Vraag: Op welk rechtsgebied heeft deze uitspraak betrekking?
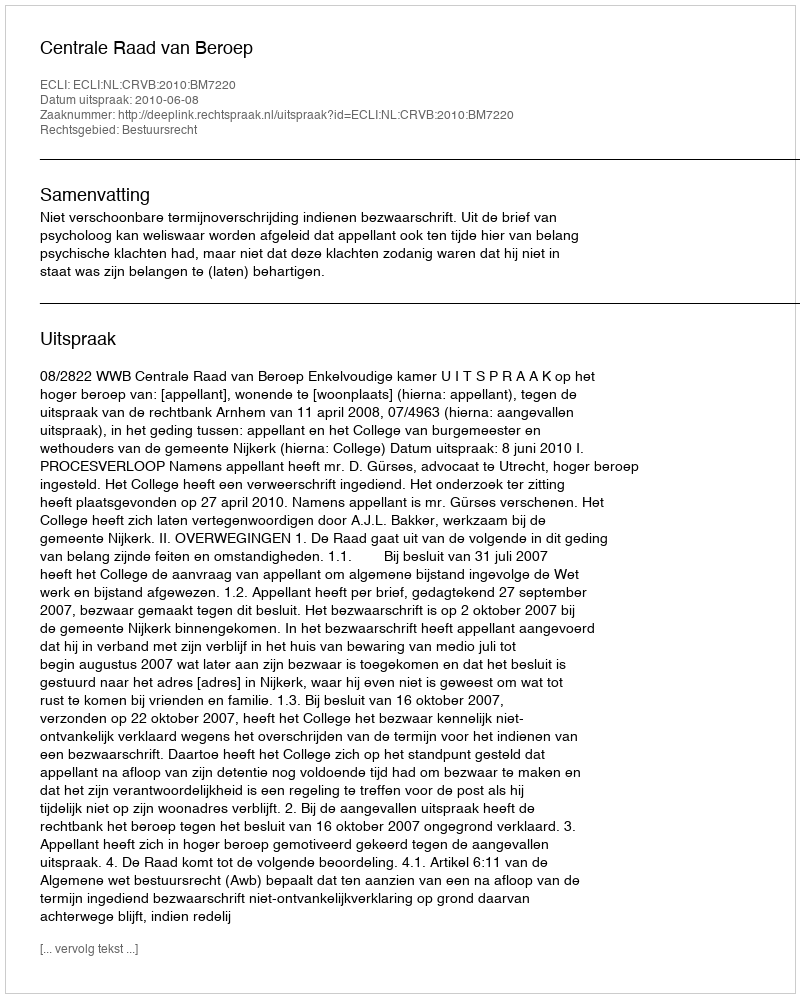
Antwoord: Bestuursrecht